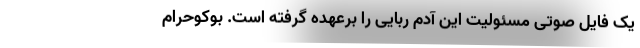
یک فایل صوتی مسئولیت این آدم ربایی را برعهده گرفته است. بوکوحرام